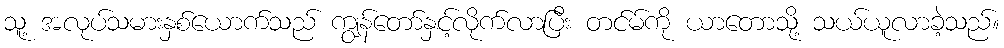
သူ့ အလုပ်သမားနှစ်ယောက်သည် ကျွန်တော်နှင့်လိုက်လာပြီး တင်မ်ကို ယာတောသို့ သယ်ယူလာခဲ့သည်။